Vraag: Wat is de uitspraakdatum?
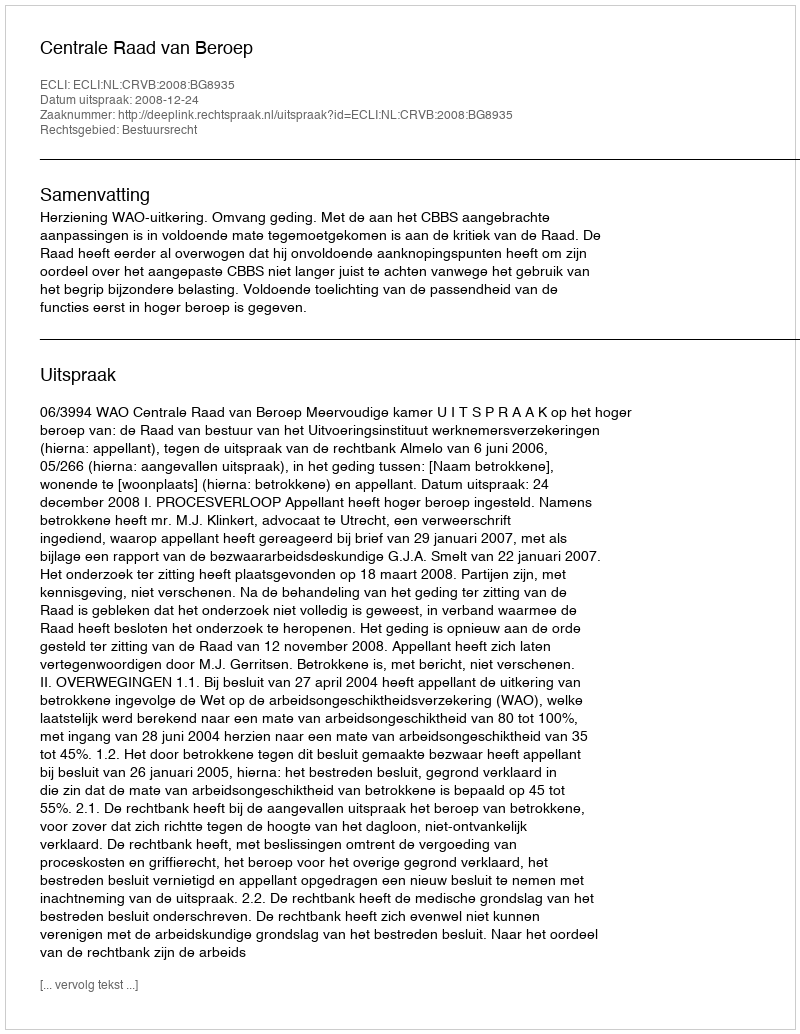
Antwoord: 2008-12-24